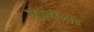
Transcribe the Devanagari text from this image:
मुकद्दीमाह